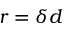
r = \delta d